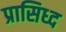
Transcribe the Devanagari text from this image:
प्रासिध्द